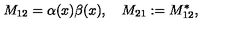
M _ { 1 2 } = { \binom { \alpha ( x ) } { \beta ( x ) } } , \quad M _ { 2 1 } : = M _ { 1 2 } ^ { * } ,